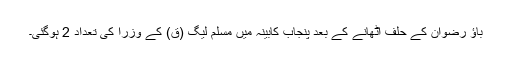
باؤ رضوان کے حلف اٹھانے کے بعد پنجاب کابینہ میں مسلم لیگ (ق) کے وزرا کی تعداد 2 ہوگئی۔